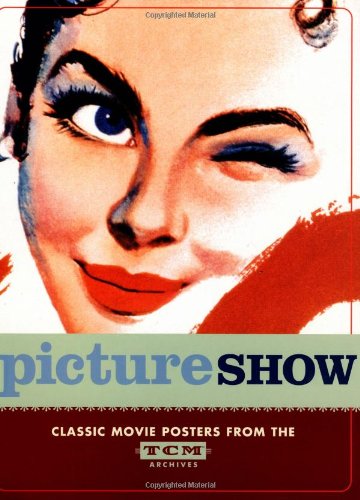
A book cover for Picture Show: Classic Movie Posters from the TCM Archives; Dianna Edwards; Crafts, Hobbies & Home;